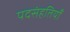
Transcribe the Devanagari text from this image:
पदसंहतियाँ